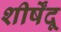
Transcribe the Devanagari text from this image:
शीर्षेंदू